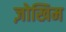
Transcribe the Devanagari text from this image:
ज़ोखिम